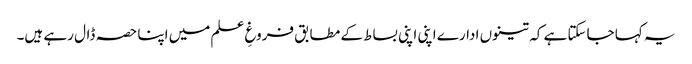
یہ کہا جاسکتا ہے کہ تینوں ادارے اپنی اپنی بساط کے مطابق فروغِ علم میں اپنا حصہ ڈال رہے ہیں۔